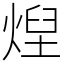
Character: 㷐